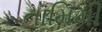
તામિમી